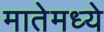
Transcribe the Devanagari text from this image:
मातेमध्ये